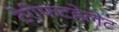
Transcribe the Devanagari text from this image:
टेरीफटहेलेट